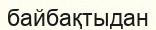
байбақтыдан